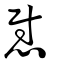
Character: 慰